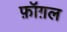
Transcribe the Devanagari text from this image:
फ़ॉग़ल